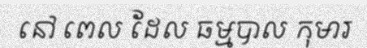
នៅ ពេល ដែល ធម្មបាល កុមារ